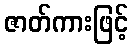
ဇာတ်ကားဖြင့်